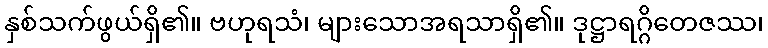
နှစ်သက်ဖွယ်ရှိ၏။ ဗဟုရသံ၊ များသောအရသာရှိ၏။ ဒုဋ္ဌာရဂ္ဂိတေဇဿ၊